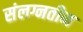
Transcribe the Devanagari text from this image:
संलग्नतीन